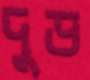
দুড